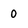
Character: 0